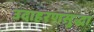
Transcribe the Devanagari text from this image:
उदाहरणसुद्धा